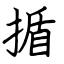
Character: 揗